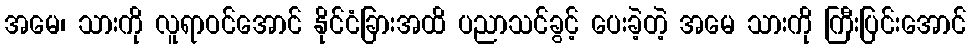
အမေ၊ သားကို လူရာဝင်အောင် နိုင်ငံခြားအထိ ပညာသင်ခွင့် ပေးခဲ့တဲ့ အမေ သားကို ကြီးပြင်းအောင်